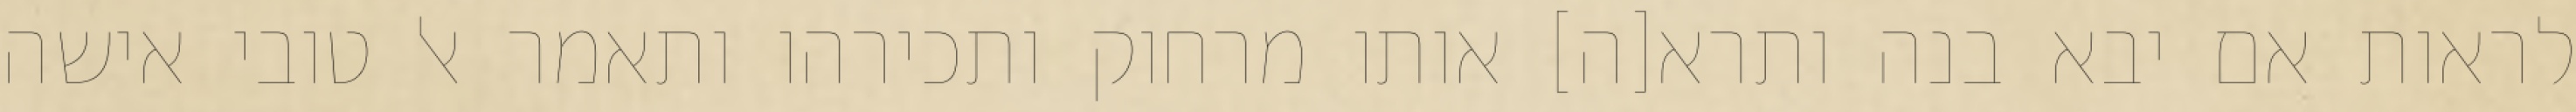
לראות אם יבא בנה ותרא[ה] אותו מרחוק ותכירהו ותאמר אל טובי אישה